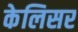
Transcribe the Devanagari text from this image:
केलिसर